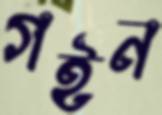
গইন